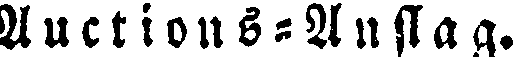
Auctions-Anslag.